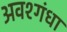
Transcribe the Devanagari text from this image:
अवश्गंधा